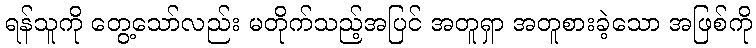
ရန်သူကို တွေ့သော်လည်း မတိုက်သည့်အပြင် အတူရှာ အတူစားခဲ့သော အဖြစ်ကို